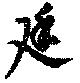
廷